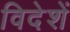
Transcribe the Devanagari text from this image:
विदेशें